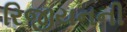
રિજીયનની